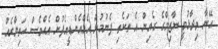
އޭނާ ވިދާޅުވީ ނާޒިމްގެ ގެއިން އެ ތަކެތި ފެނުމުން އެމްއެންޑީއެފުން އެއްވެސް ހަތިޔާރެއް